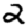
Digit: 2